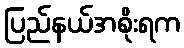
ပြည်နယ်အစိုးရက